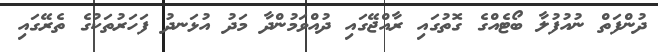
ދުންފަތް ނުއުފުލާ ބޯޓެއްގެ ގޮތުގައި ރާއްޖޭގައި ދުއްވަމުންދާ މަދު އުޅަނދު ފަހަރުތަކުގެ ތެރޭގައި